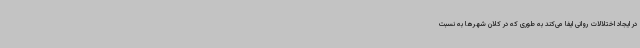
در ایجاد اختلالات روانی ایفا می‌کند به طوری که در کلان‌ شهرها به نسبت